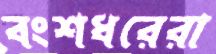
বংশধরেরা